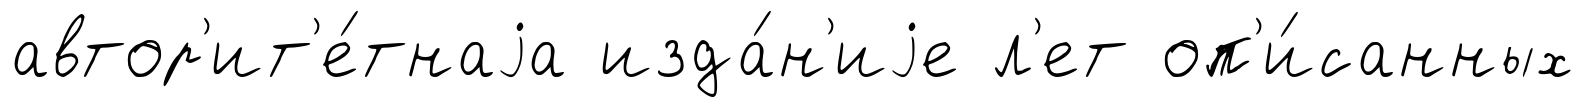
автор'ит'е́тнаjа изда́н'иjе л'ет оп'и́санных